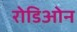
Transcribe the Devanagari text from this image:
रोडिओन